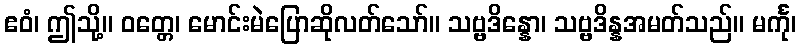
ဧဝံ၊ ဤသို့။ ဝတ္တေ၊ မောင်းမဲပြောဆိုလတ်သော်။ သဗ္ဗဒိန္နော၊ သဗ္ဗဒိန္နအမတ်သည်။ မင်္ကု၊